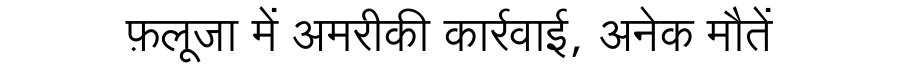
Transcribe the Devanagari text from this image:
फ़लूजा में अमरीकी कार्रवाई, अनेक मौतें